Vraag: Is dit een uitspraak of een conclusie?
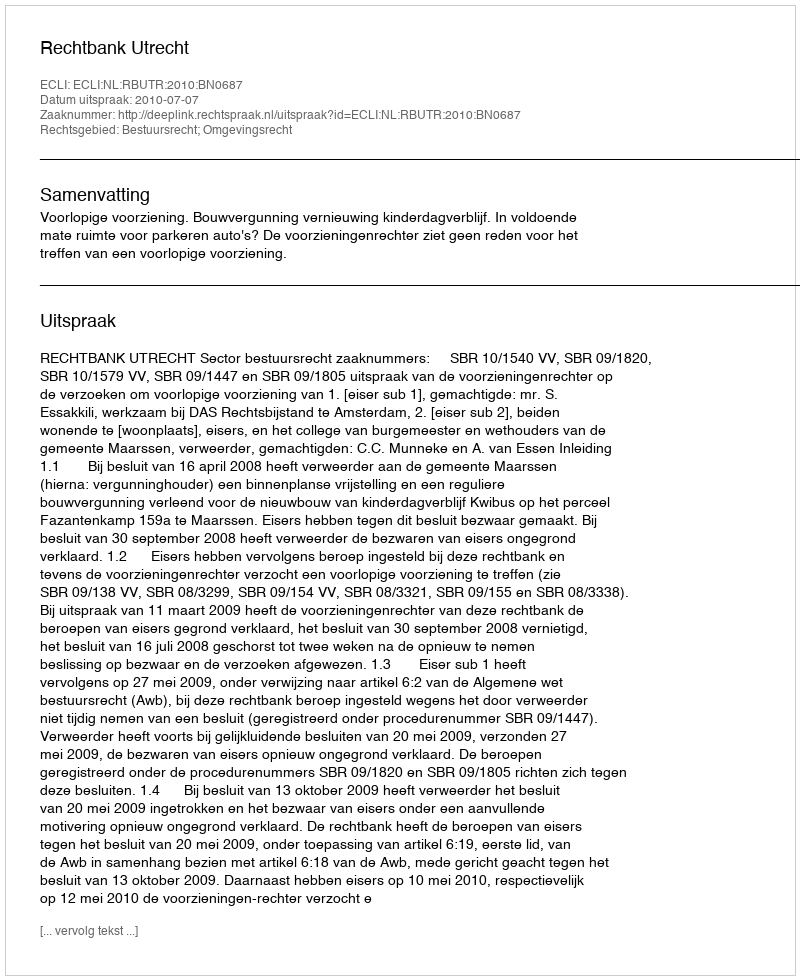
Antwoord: Uitspraak